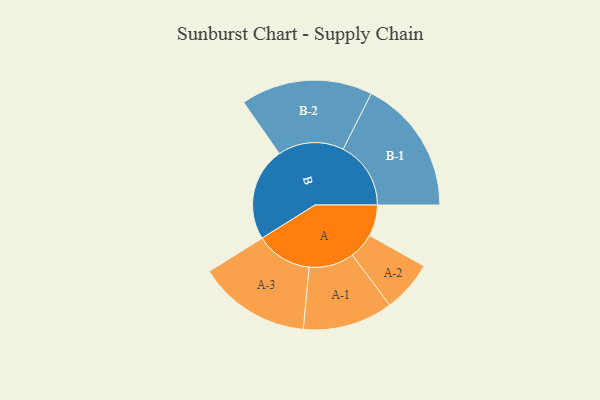
{"axis": {"x": "Segment", "y": "Value"}, "legend": ["", "A", "B"], "data": [{"x": "A", "y": 123, "type": ""}, {"x": "B", "y": 367, "type": ""}, {"x": "A-1", "y": 177, "type": "A"}, {"x": "A-2", "y": 101, "type": "A"}, {"x": "A-3", "y": 221, "type": "A"}, {"x": "B-1", "y": 266, "type": "B"}, {"x": "B-2", "y": 259, "type": "B"}]}